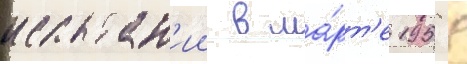
испытан'ии в ма́рт'е 1958